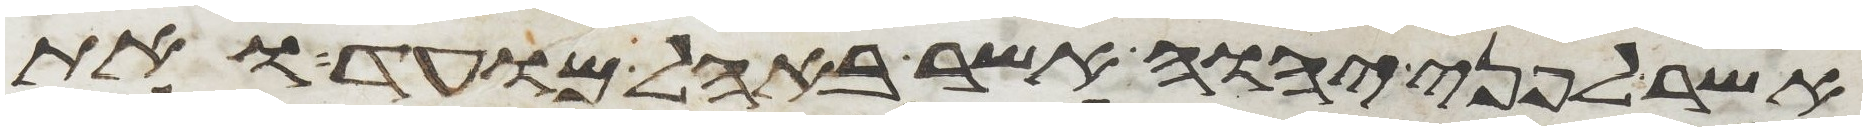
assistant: אשר לפני יהוה אשר באהל מועד ואת